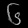
Digit: ၆